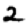
Digit: 2